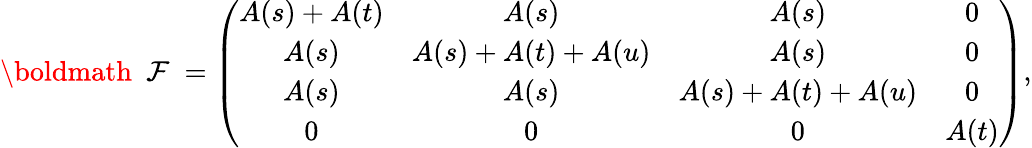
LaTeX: \mathrm{\boldmath~{\cal~F}~}=\left(\begin{array}{cccc}{{A(s)+A(t)}}&{{A(s)}}&{{A(s)}}&{{0}}\\ {{A(s)}}&{{A(s)+A(t)+A(u)}}&{{A(s)}}&{{0}}\\ {{A(s)}}&{{A(s)}}&{{A(s)+A(t)+A(u)}}&{{0}}\\ {{0}}&{{0}}&{{0}}&{{A(t)}}\end{array}\right),